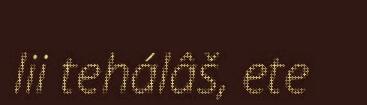
lii tehálâš, ete